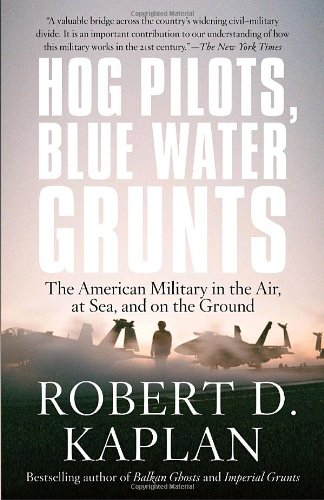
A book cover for Hog Pilots, Blue Water Grunts: The American Military in the Air, at Sea, and on the Ground (Vintage Departures); Robert D. Kaplan; Travel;